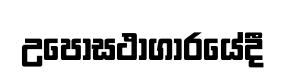
උපෝසථාගාරයේදී